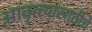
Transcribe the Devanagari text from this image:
आवृत्त्यांसाठीचे